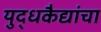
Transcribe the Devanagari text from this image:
युद्धकैद्यांचा